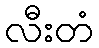
လီးတံ